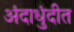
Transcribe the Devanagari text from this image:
अंदाधुंदीत